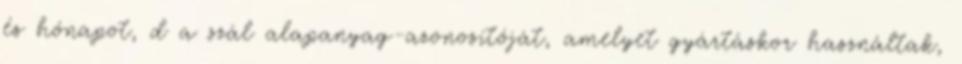
és hónapot, d a szál alapanyag-azonosítóját, amelyet gyártáskor használtak,